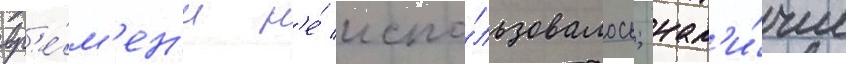
вр'е́м'ен'и н'е́ испо́льзовалось; нал'и́чие